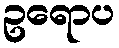
ဥရောပ